Report on horse surra - Volume II, Part II
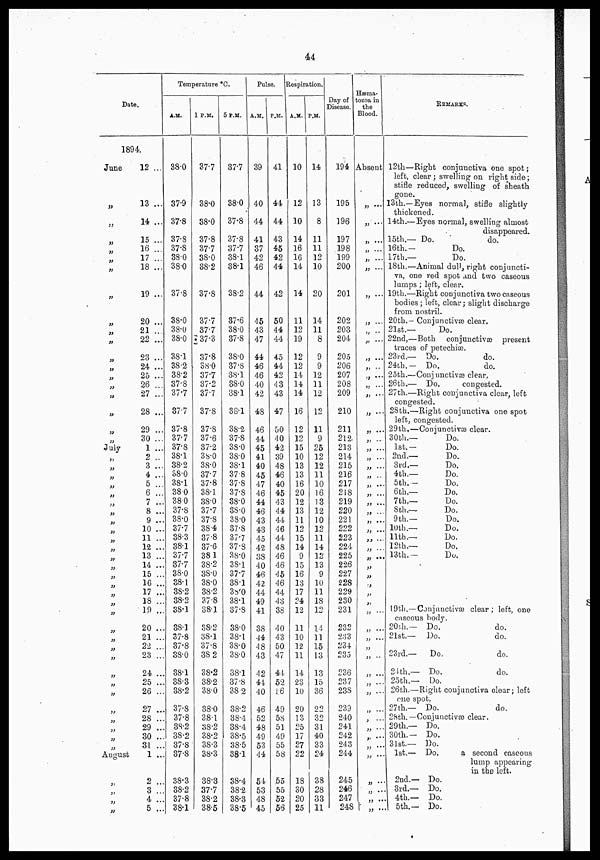
44
Date.
1894.
June
„
„
„
„
„
„
„
„
„
„
„
„
„
„
„
July
„
„
„
„
„
„
„
„
„
„
„
„
„
„
„
„
„
„„
„
„
„
„
„
„
„
„
„
„
„
„
„
August
„
„
„
„„
12 ...
13 ...
14 ...
15 ...
16 ...
17 ...
18 ...
19 ...
20 ...
21 ...
22 ...
23 ...
24 ...
25 ...
26 ...
27 ...
28 ...
29 ...
30 ...
1 ...
2 ..
3 ...
4 ...
5 ...
6 ...
7 ...
8 ...
9 ...
10 ...
11 ...
12 ...
13 ...
14 ...
15 ..
16 ..
17 ..
18 ..
19 ..
20 ..
21 ..
22 ..
23 ..
24 ..
25 ..
26 ..
27 ..
28 ..
29 ..
30 ..
31 ..
1 ..
2 ..
3 ..
4 ..
5 ..
Temperature °C.
A.M.
38.0
37.9
37.8
37.8
37.8
38.0
38.0
37.8
38.0
38.0
38.0
38.1
38.2
38.2
37.8
37.7
37.7
37.8
37.7
37.8
38.1
38.2
38.0
38.1
380
380
37.8
38.0
37.7
38.3
38.1
37.7
37.7
38.0
38.1
38.2
38.2
38.1
38.1
37.8
37.8
38.0
38.1
38.3
38.2
37.8
37.8
38.2
38.2
37.8
37.8
38.3
38.2
37.8
38.1
1 P.M.
37.7
38.0
38.0
37.8
37.7
38.0
38.2
37.8
37.7
37.7
37.3
37.8
38.0
37.7
37.2
37.7
37.8
37.8
37.6
37.2
38.0
38.0
37.7
37.8
38.1
38.0
37.7
37.8
38.4
37.8
37.6
38.1
38.2
38.0
38.0
38.2
37.8
38.1
38.2
38.1
37.8
38.2
38.2
38.2
38.0
38.0
38.1
38.2
38.2
38.3
38.3
38.3
37.7
38.2
38.5
5 P.M.
37.7
38.0
37.8
37.8
37.7
38.1
38.1
38.2
37.6
38.0
37.8
38.0
37.S
38.1
38.0
38.1
38.1
38.2
37.S
38.0
38.0
38.1
378
37.8
37.8
38.0
88.0
38.0
37.8
37.7
37.8
38.0
38.1
37.7
38.1
38.0
38.1
87.8
38.0
38.1
38.0
38.0
38.1
37.8
382
38.2
38.4
38.4
38.5
38.5
38.1
38.4
38.2
38.3
38.5
Pulse.
A.M.
39
40
44
41
37
42
46
44
45
43
47
44
46
46
40
42
48
46
44
45
41
40
45
47
46
44
48
43
43
45
42
3S
40
46
42
44
49
41
38
44
48
43
42
4.1.
40
46
52
48
49
53
44
54
53
48
45
P.M.
41
44
44
43
45
42
44
42
50
44
44
45
44
42
43
43
47
50
40
42
39
48
46
40
45
43
44
44
46
44
48
46
46
45
46
44
43
38
40
43
50
47
44
52
r.6
49
58
51
49
55
58
55
55
52
56
Respiration.
A.M.
10
12
10
14
16
16
14
14
11
12
19
12
12
14
14
14
16
12
12
15
10
13
13
16
20
12
13
11
12
15
14
9
15
16
13
17
24
12
11
10
12
11
14
23
10
20
13
25
17
27
22
18
30
20
25
P.M.
14
13
8
11
11
12
10
20
14
11
8
9
9
12
11
12
12
11
9
25
12
12
11
10
16
13
12
10
12
11
14
12
13
9
10
11
18
12
14
11
15
13
13
15
38
22
32
31
40
33
24
38
28
33
11
Day of
Disease.
194
195
196
197
198
199
200
201
202
203
204
205
206
207
208
209
210
211
212
213
214
215
216
217
218
219
220
221
222
223
224
225
226
227
228
229
230
231
232
2:53
234
235
236
237
238
239
240
241
242
243
244
245
246
247
248
Haema.
tozoa in
the
blood.
Absent
„ ...
„ ...
„ ...
„ ...
„ ...
„ ...
„ ...
„ ...
„ ...
„ ...
„ ...
„ ...
„ ...
„ ...
„ ...
„ ...
„ ...
„ ...
„ ...
„ ...
„ ...
„ ...
„ ...
„ ...
„
...
„
...
„ ...
„
...
„ ...
„ ...
„ ...
„ ...
„ ...
„ ...
„ ...
„ ...
„ ...
„
...
„ ...
„ ...
„ ...
„ ...
„ ...
„ ...
„ ...
„ ...
„ ...
„ ...
„ ...
„ ...
„ ...
„ ...
„ ...
„ ...
REMARKS.
12th—Right conjunctiva one spot;
left, clear ; swelling on right side;
stifle reduced, swelling of sheath
gone.
13th.—Eyes normal, stifle slightly.
thickened.
14th.—Eyes normal, swelling almost
disappeared.
15th.— Do.
do.
16th..
Do.
17th.—
Do.
18th.—Animal dull, right conjuncti-
va, one red spot and two caseous
lumps; left, clear.
19th.—Right conjunctiva two caseous
bodies ; left, clear; slight discharge
from nostril.
20th.. Conjunctivæ clear.
21st.—
Do.
22nd,—Both conjunctiva present
traces of petechia?.
23rd.— Do.
do.
24th.— Do.
do.
25th.—Conj unctivæ clear.
26th.— Do.
congested.
27th.—Right conjunctiva clear, left
congested.
28th.—Right conjunctiva one spot
left, congested.
29th.—Conjunctivæ clear.
30th.—
Do.
1st.—
Do.
2nd.—
Do.
3rd,—
Do.
4th.—
Do.
5th. .
Do.
6th.—
Do.
7th.—
Do.
8 th.—
Do.
9 th.—
Do.
loth.—
Do.
11th.—
Do.
12th.—
Do,
13th.—
Do,
1.9th,—Conjunctivæ clear; left, one
caseous body.
20r,h.— Do.
do.
21st.— Do.
do.
23rd.—
Do.
do.
21th.— Do.
do.
25th.— Do.
26th.—Right conjunctiva dear; left
one spot.
27th.— Do.
do.
2Sth.— Conjunctivæ clear.
29th— Do.
30th.— Do.
31st,— Do.
1st.— Do.
a second caseous
lump appearing
in the left.
2nd.— Do.
3rd.— Do.
4th.— Do.
15th.—
Do.